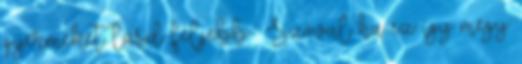
gyermeket lásd feljebb . Szóval ha ez így megy